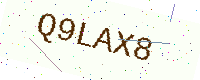
Text: Q9LAX8